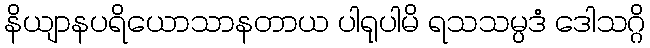
နိယျာနပရိယောသာနတာယ ပါရုပါမိ ရသသမ္ပဒံ ဒေါသဂ္ဂိ